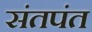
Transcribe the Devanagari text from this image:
संतपंत